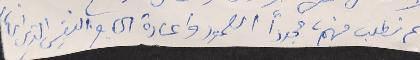
ثم نطلب منهم، مجدداً الصمود واعادة الحاجز النفسي الذي انهار